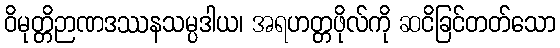
ဝိမုတ္တိဉာဏဒဿနသမ္ပဒါယ၊ အရဟတ္တဖိုလ်ကို ဆငိခြင်တတ်သော